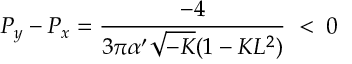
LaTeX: P _ { y } - P _ { x } = \frac { - 4 } { 3 \pi \alpha ^ { \prime } \sqrt { - K } ( 1 - K L ^ { 2 } ) } \; < \; 0